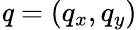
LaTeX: \textbf{\textit{q}}=(q_{x},q_{y})